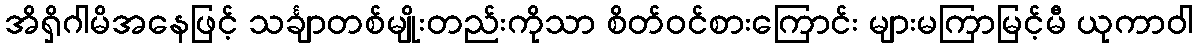
အိရှိဂါမိအနေဖြင့် သင်္ချာတစ်မျိုးတည်းကိုသာ စိတ်ဝင်စားကြောင်း များမကြာမြင့်မီ ယုကာဝါ